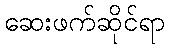
ဆေးဖက်ဆိုင်ရာ